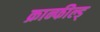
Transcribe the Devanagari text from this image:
क्रान्फील्ड्